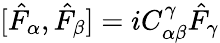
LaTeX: [\hat{F}_{\alpha},\hat{F}_{\beta}]=iC_{\alpha\beta}^{\gamma}\hat{F}_{\gamma}